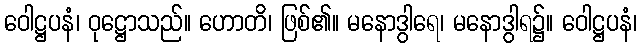
ဝေါဋ္ဌပနံ၊ ဝုဋ္ဌောသည်။ ဟောတိ၊ ဖြစ်၏။ မနောဒွါရေ၊ မနောဒွါရ၌။ ဝေါဋ္ဌပနံ၊